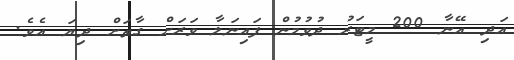
އަދި އޭނާ 200 މީޓަރު ދުވުމުން ފައިނަލާ ވަރަށް ގާތަށް ދިޔަ އެވެ.